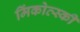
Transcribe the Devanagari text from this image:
मिंकोव्स्की